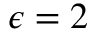
\epsilon = 2